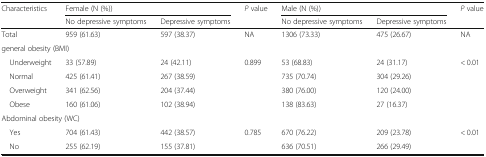
| <ROWSPAN=2> Characteristics | <COLSPAN=2> Female (N (%)) | <ROWSPAN=2> P value | <COLSPAN=2> Male (N (%)) | <ROWSPAN=2> P value |
 | No depressive symptoms | Depressive symptoms | No depressive symptoms | Depressive symptoms |
 | --- | --- | --- | --- | --- | --- | --- |
 | Total | 959 (61.63) | 597 (38.37) | NA | 1306 (73.33) | 475 (26.67) | NA |
 | <COLSPAN=7> general obesity (BMI) |
 | Underweight | 33 (57.89) | 24 (42.11) | 0.899 | 53 (68.83) | 24 (31.17) | < 0.01 |
 | Normal | 425 (61.41) | 267 (38.59) |  | 735 (70.74) | 304 (29.26) |  |
 | Overweight | 341 (62.56) | 204 (37.44) |  | 380 (76.00) | 120 (24.00) |  |
 | Obese | 160 (61.06) | 102 (38.94) |  | 138 (83.63) | 27 (16.37) |  |
 | <COLSPAN=7> Abdominal obesity (WC) |
 | Yes | 704 (61.43) | 442 (38.57) | 0.785 | 670 (76.22) | 209 (23.78) | < 0.01 |
 | No | 255 (62.19) | 155 (37.81) |  | 636 (70.51) | 266 (29.49) |  |